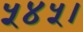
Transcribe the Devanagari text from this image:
५४५।